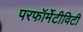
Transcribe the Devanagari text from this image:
परफॉर्मेटीविटी